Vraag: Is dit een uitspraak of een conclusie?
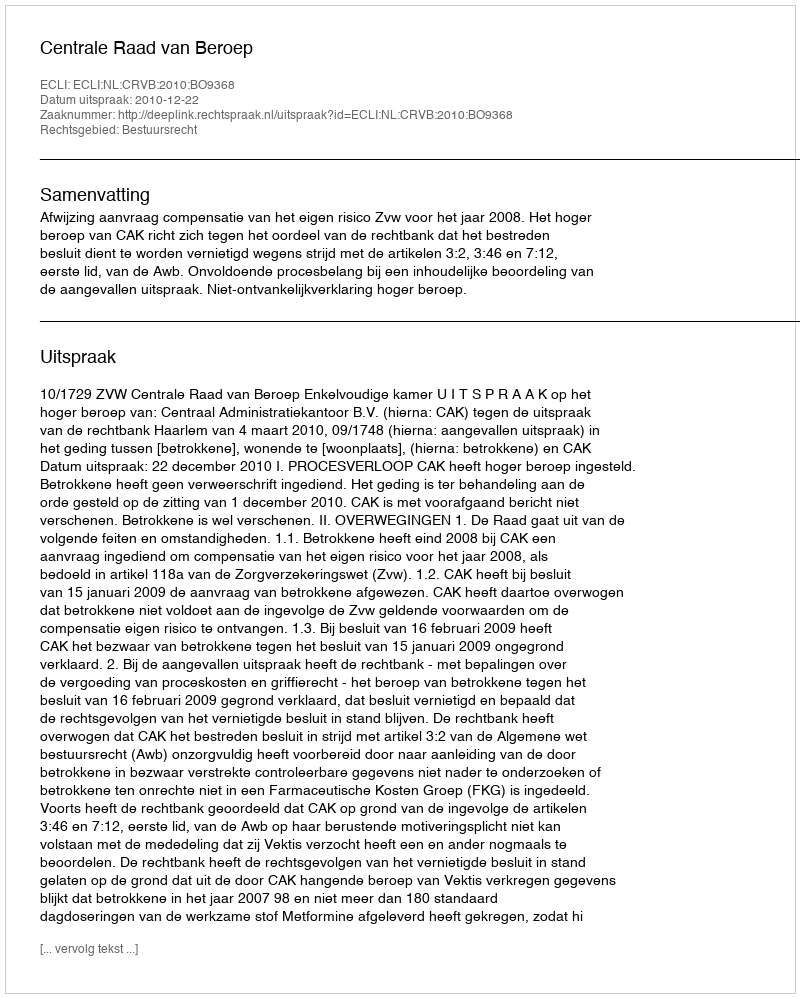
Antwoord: Uitspraak